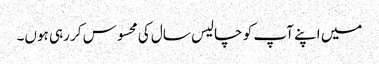
میں اپنے آپ کو چالیس سال کی محسوس کر رہی ہوں۔